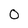
Character: 0